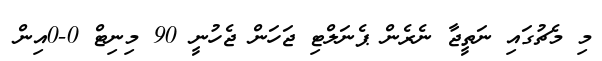
މި މެޗުގައި ނަތީޖާ ނެރެން ޕެނަލްޓި ޖަހަން ޖެހުނީ 90 މިނިޓް 0-0އިން